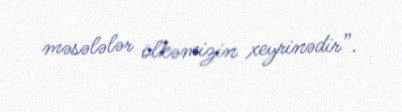
məsələlər ölkəmizin xeyrinədir”.